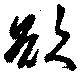
欲